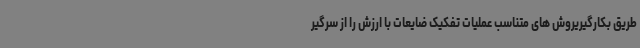
طریق بکارگیریروش های متناسب عملیات تفکیک ضایعات با ارزش را از سرگیر